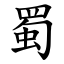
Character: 蜀